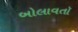
બોલાવતૉ